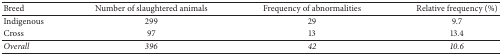
<table><thead><tr><td><b>Breed</b></td><td><b>Number of slaughtered animals</b></td><td><b>Frequency of abnormalities</b></td><td><b>Relative frequency (%)</b></td></tr></thead><tbody><tr><td>Indigenous</td><td>299</td><td>29</td><td>9.7</td></tr><tr><td>Cross</td><td>97</td><td>13</td><td>13.4</td></tr><tr><td><i>Overall</i></td><td><i>396</i></td><td><i>42</i></td><td><i>10.6</i></td></tr></tbody></table>